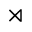
\rtimes